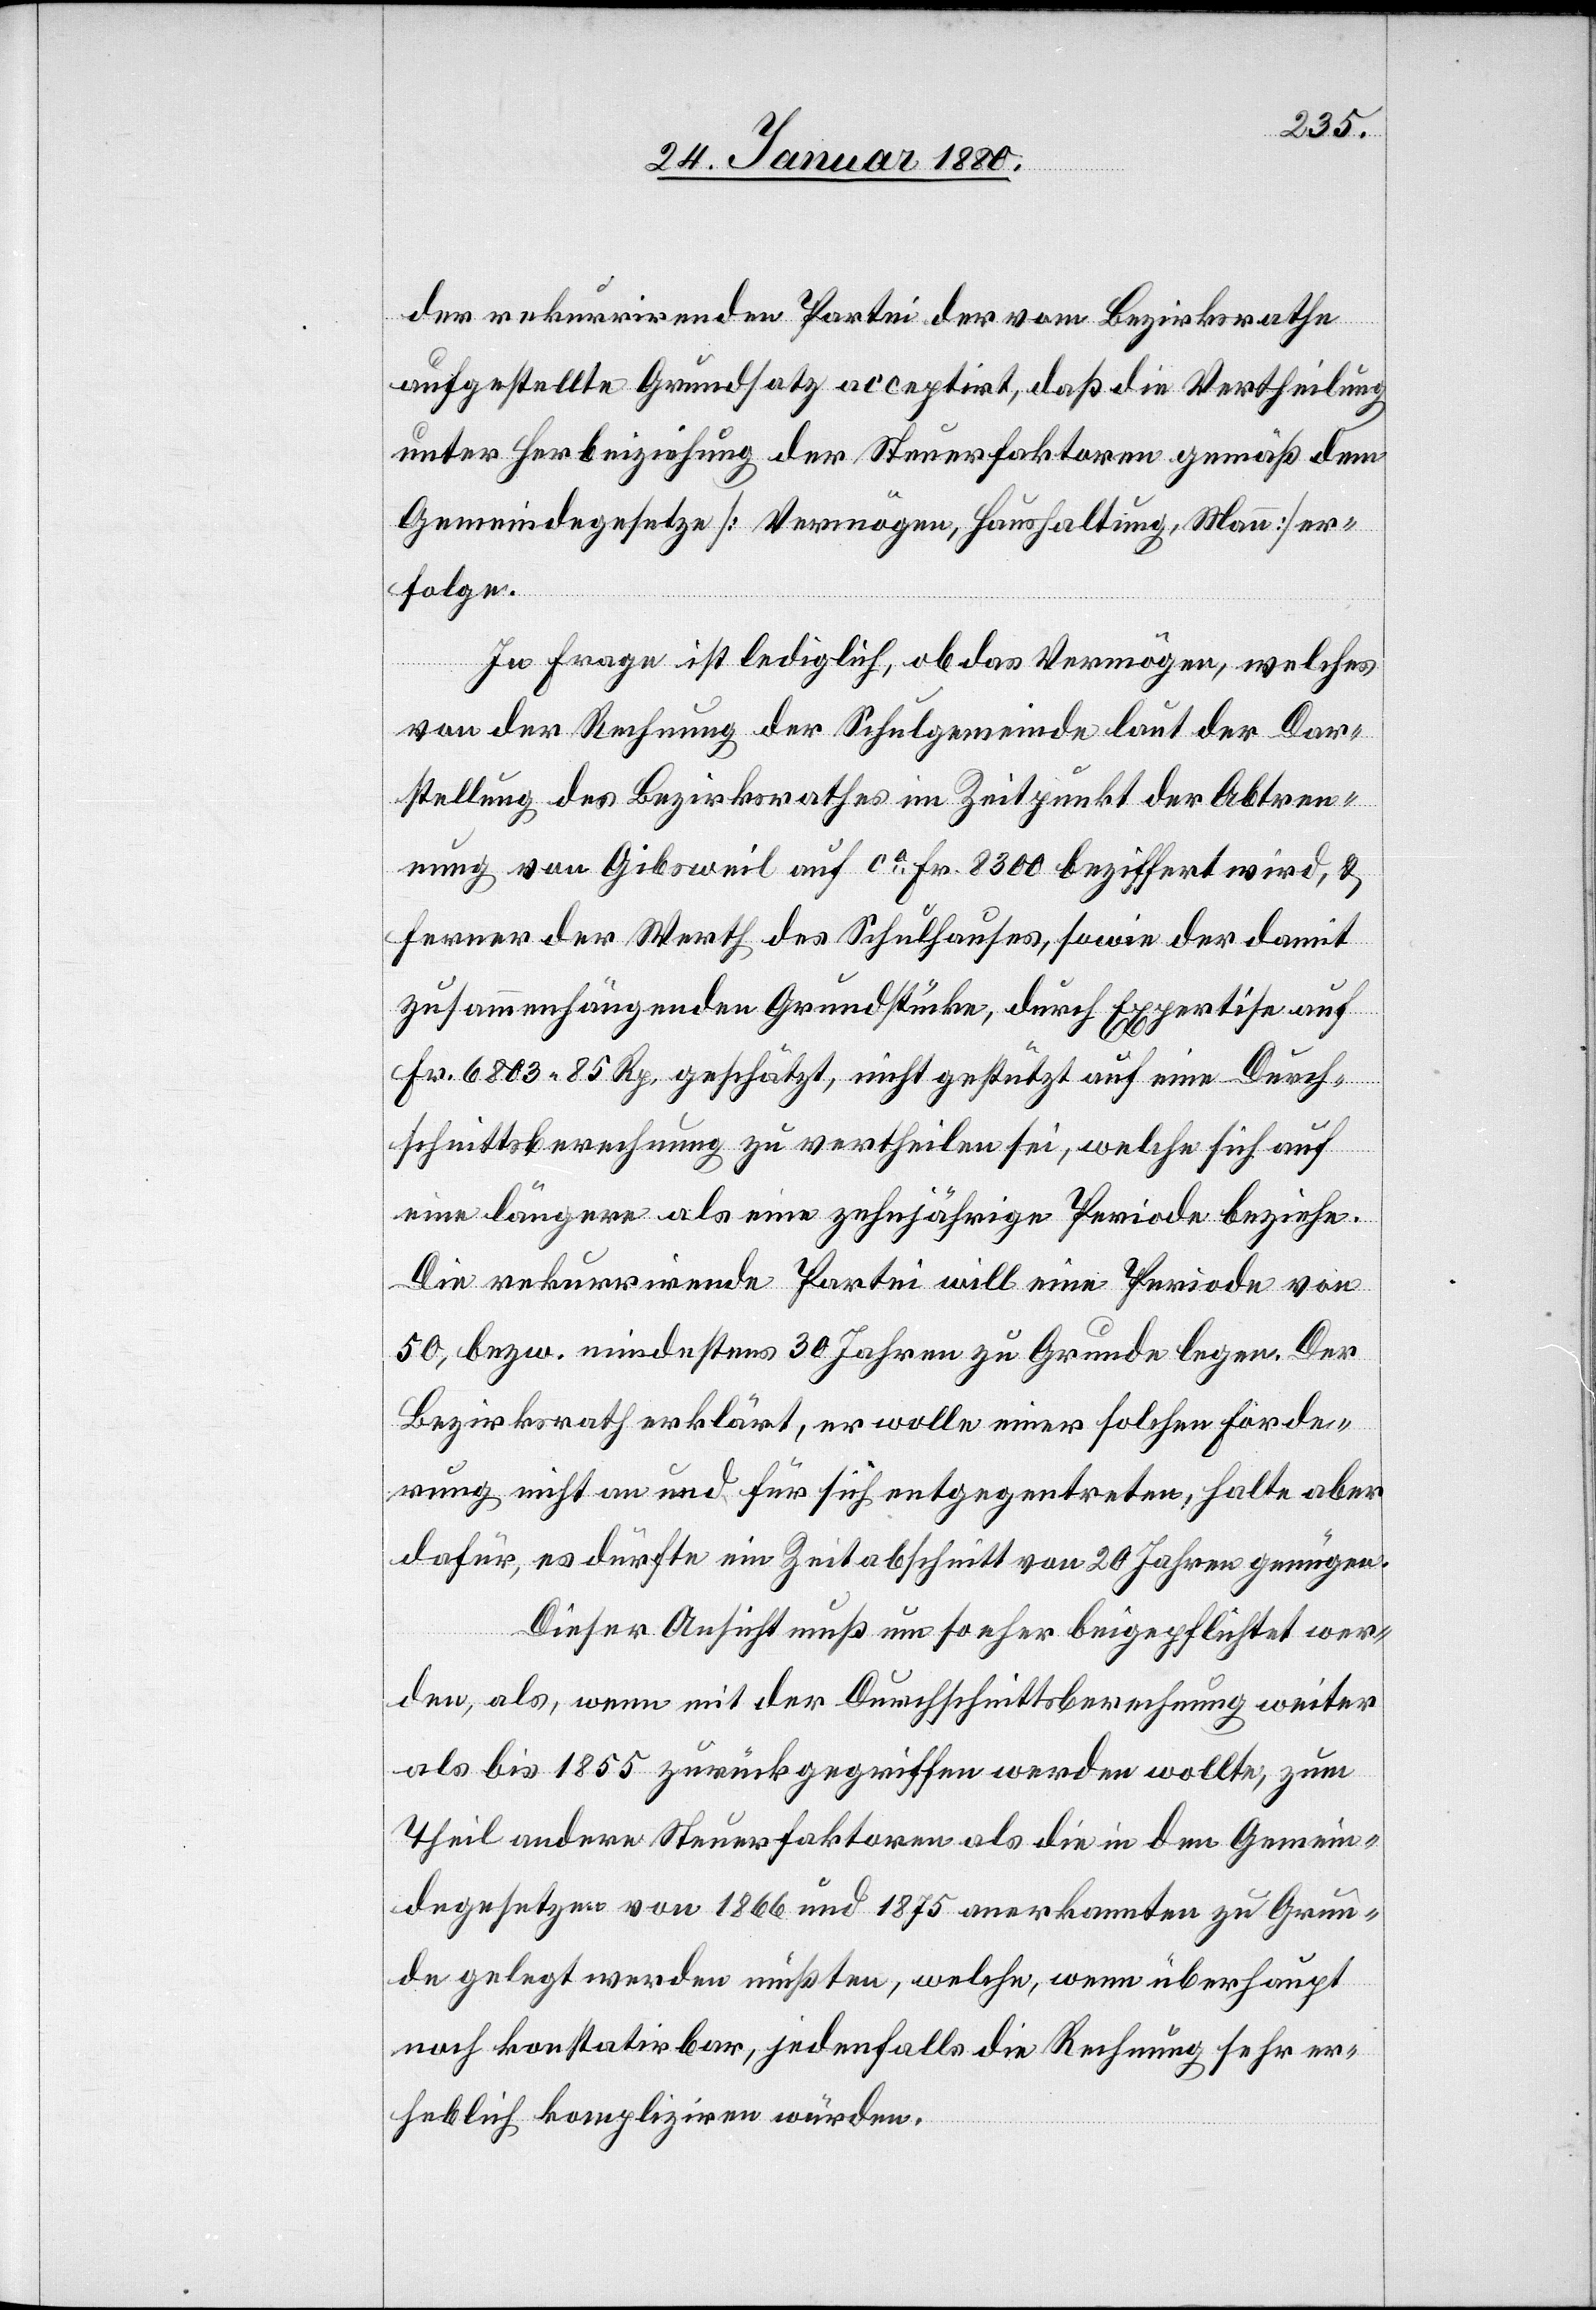
der rekurrirenden Partie der vom Bezirksrathe
aufgestellte Grundsatz acceptirt, daß die Vertheilung
unter Herbeiziehung der Steuerfaktoren gemäß dem
Gemeindegesetze [Vermögen, Haushaltung, Mann] er¬
folge.
In Frage ist lediglich, ob das Vermögen, welches
von der Rechnung der Schulgemeinde laut der Dar¬
stellung des Bezirksrathes im Zeitpunkt der Abtren¬
nung von Gibsweil auf ca Fr. 8300 beziffert wird, &
ferner der Werth des Schulhauses, sowie der damit
zusammenhängenden Grundstücke, durch Expertise auf
Fr. 6803.85 Rp. geschätzt, nicht gestützt auf eine Durch¬
schnittsberechnung zu vertheilen sei, welche sich auf
eine längere als eine zehnjährige Periode beziehe.
Die rekurrirende Partei will eine Periode von
50, bezw. mindestens 30 Jahren zu Grunde legen. Der
Bezirksrath erklärt, er wolle einer solchen Forde¬
rung nicht an und für sich entgegentreten, halte aber
dafür, es dürfte ein Zeitabschnitt von 20 Jahren genügen.
Dieser Ansicht muß um so eher beigepflichtet wer¬
den, als, wenn mit der Durchschnittsberechnung weiter
als bis 1855 zurückgegriffen werden wollte, zum
Theil andere Steuerfaktoren als die in dem Gemein¬
degesetz von 1866 und 1875 anerkannten zu Grun¬
de gelegt werden müßten, welche, wenn überhaupt
noch konstatirbar, jedenfalls die Rechnung sehr er¬
heblich kompliziren würden.